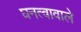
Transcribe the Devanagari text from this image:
घनत्वावाले